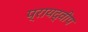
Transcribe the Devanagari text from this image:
प्रायद्‍वीप